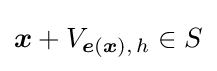
{\boldsymbol {x}}+V_{{\boldsymbol {e}}({\boldsymbol {x}}),\,h}\in S